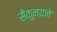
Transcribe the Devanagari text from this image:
सेंकुनयने